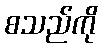
စသည်ကို